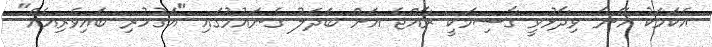
އެކަމަކު އޭނާ ވިދާޅުވީ ގާސިމަކީ ރާއްޖެ އަށް ބަދަލު ގެނައުމުގައި "އަގުހުރި ބައިވެރިއެއް"